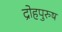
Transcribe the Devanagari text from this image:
द्रोहपुरुष